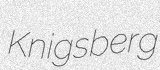
Knigsberg